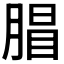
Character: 𣎇